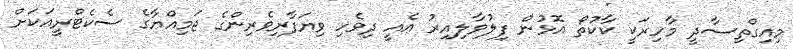
މިއިގްތިސާދީ މާހިރަކީ ކާކުތޯ އޮޅުން ފިލުވާލިއިރު އެއީ ދިވެހި ވިޔަފާރިވެރިންގެ ޖަމިއްޔާގެ ސެކެޓްރީއަކަށް